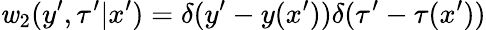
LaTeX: \mathit{w}_{2}(y^{\prime},\tau^{\prime}|x^{\prime})=\delta(y^{\prime}-y(x^{\prime}))\delta(\tau^{\prime}-\tau(x^{\prime}))